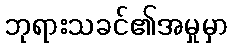
ဘုရားသခင်၏အမှုမှာ